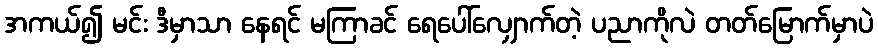
အကယ်၍ မင်း ဒီမှာသာ နေရင် မကြာခင် ရေပေါ်လျှောက်တဲ့ ပညာကိုလဲ တတ်မြောက်မှာပဲ